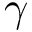
\gamma